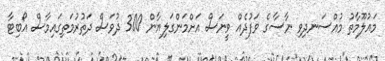
މައުލޫމާތު މުއްސަނދިވި ނާސާގެ ވަފުދެއް ވީނަސް އަށްމަންގަލިޔާން 300 ދުވަސް ދަތުރުމަތިގައިމާސް އޯބިޓާ